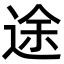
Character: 途